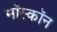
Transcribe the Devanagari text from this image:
मॉस्कॉन